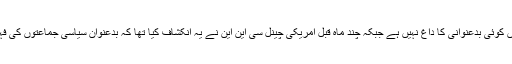
حکومت آئے دن یہ دعویٰ کرتی ہے کہ اس کے دامن میں کوئی بدعنوانی کا داغ نہیں ہے جبکہ چند ماہ قبل امریکی چینل سی این این نے یہ انکشاف کیا تھا کہ بدعنوان سیاسی جماعتوں کی فہرست میں بی جے پی دنیا بھر میں دوسرے نمبر پر ہے۔